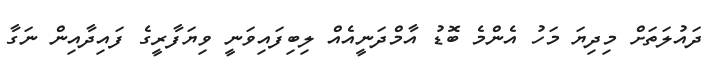
ދައުލަތަށް މިދިޔަ މަހު އެންމެ ބޮޑު އާމްދަނީއެއް ލިބިފައިވަނީ ވިޔަފާރީގެ ފައިދާއިން ނަގާ